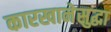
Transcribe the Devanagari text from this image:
कारखानेसुद्धा